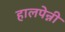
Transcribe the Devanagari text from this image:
हालपेन्नी